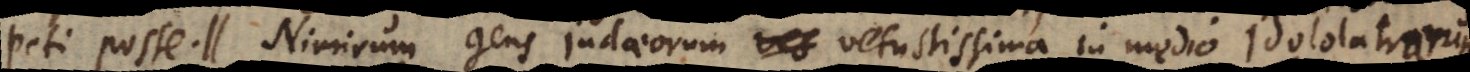
adumbratur. Nimirum gens Judaeorum vetustissima in medio Idololatrarum